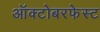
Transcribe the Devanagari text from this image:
ऑक्टोबरफेस्ट